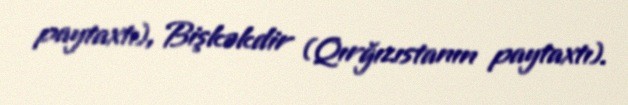
paytaxtı), Bişkəkdir (Qırğızıstanın paytaxtı).